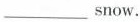
___snow.